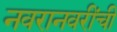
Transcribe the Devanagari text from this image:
नवरानवरींची